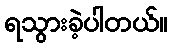
ရသွားခဲ့ပါတယ်။